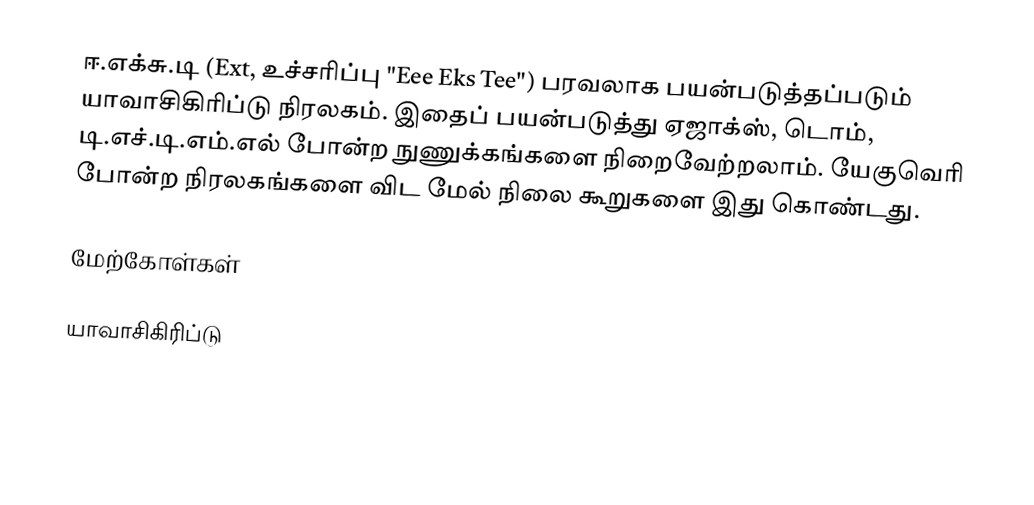
ஈ.எக்சு.டி (Ext, உச்சரிப்பு "Eee Eks Tee") பரவலாக பயன்படுத்தப்படும் யாவாசிகிரிப்டு நிரலகம். இதைப் பயன்படுத்து ஏஜாக்ஸ், டொம், டி.எச்.டி.எம்.எல் போன்ற நுணுக்கங்களை நிறைவேற்றலாம். யேகுவெரி போன்ற நிரலகங்களை விட மேல் நிலை கூறுகளை இது கொண்டது.

மேற்கோள்கள்

யாவாசிகிரிப்டு